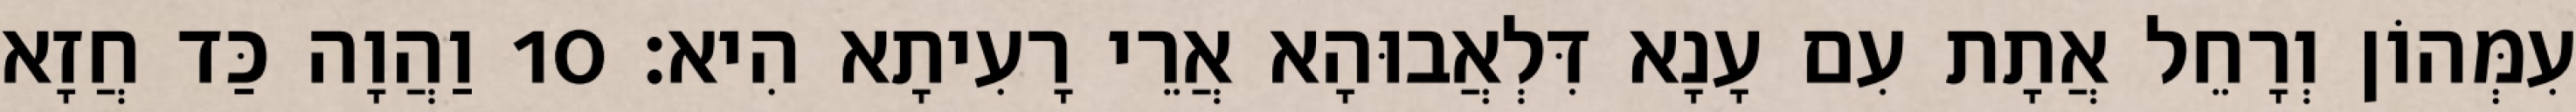
עִמְּהוֹן וְרָחֵל אֲתָת עִם עָנָא דִּלְאֲבוּהָא אֲרֵי רָעִיתָא הִיא׃ 10 וַהֲוָה כַּד חֲזָא